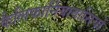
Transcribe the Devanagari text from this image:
कैलिफार्नियावासियों